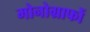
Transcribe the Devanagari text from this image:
मोनोग्राफों